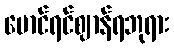
မောင်ရင်ဈာန်ရဘုရား